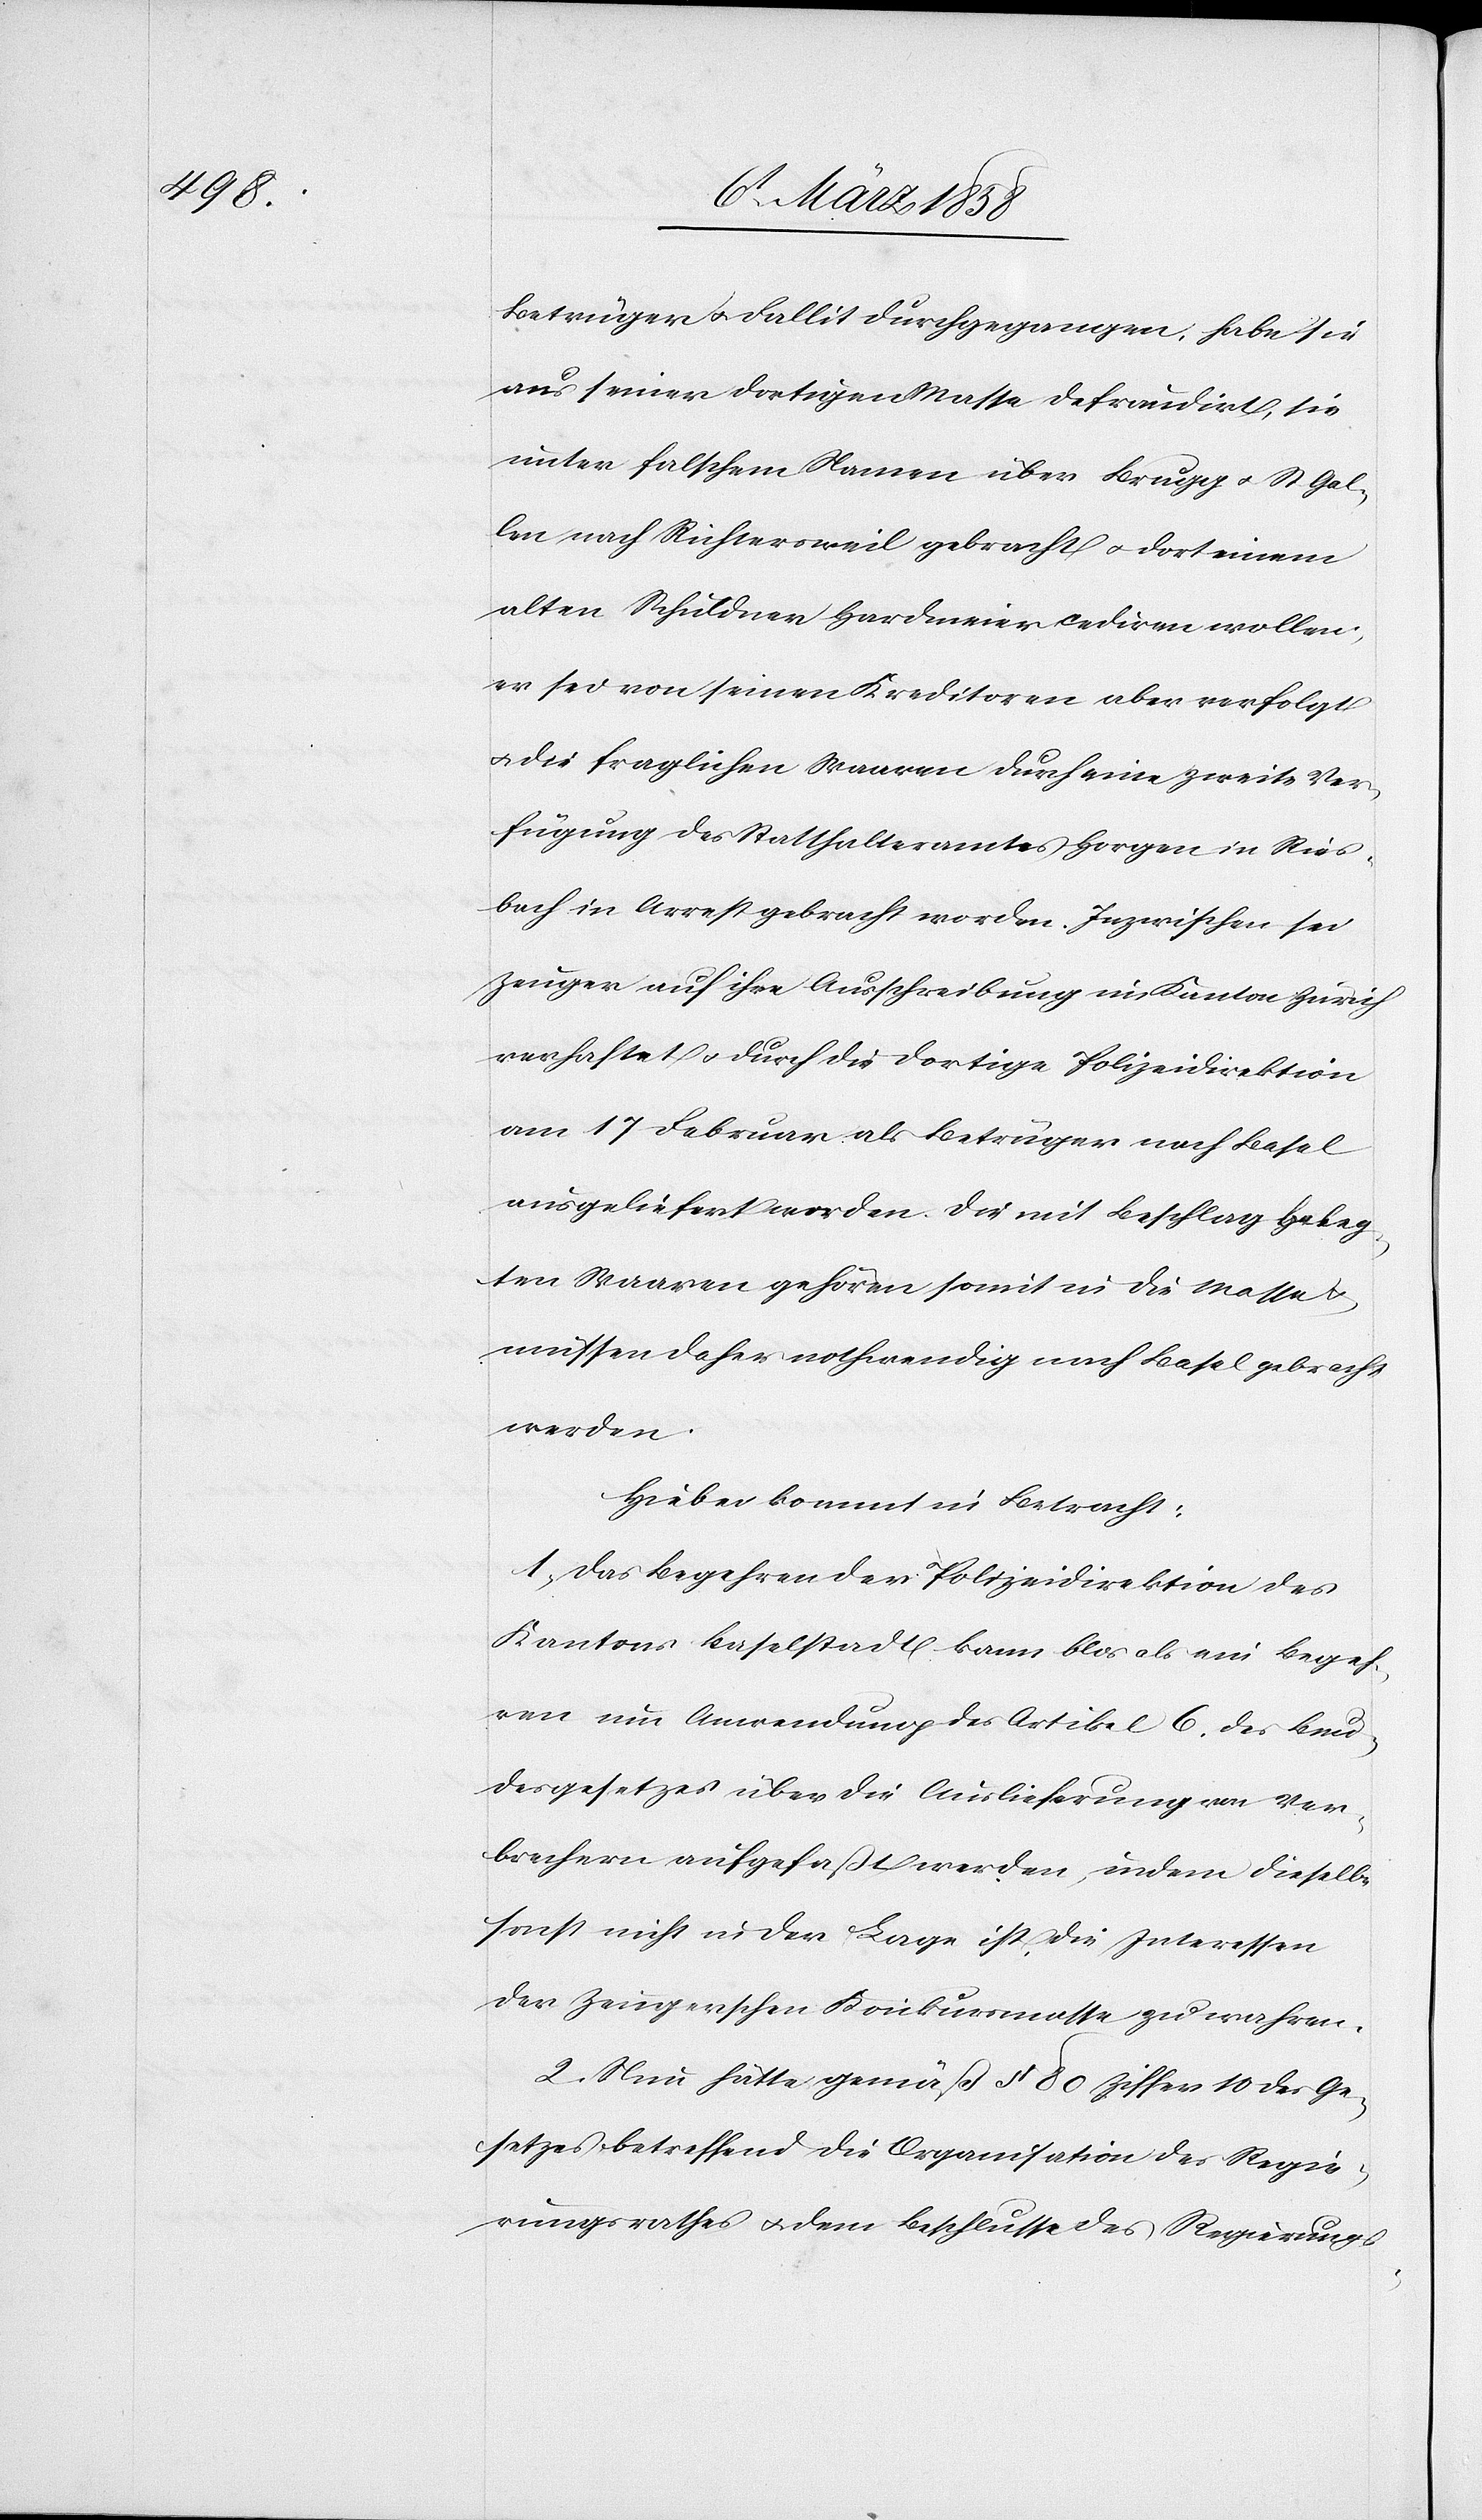
Betrüger u. Fallit durchgegangen, habe sie
aus seiner dortigen Masse defraudirt, sie
unter falschem Namen über Brugg u. St. Gal¬
len nach Richtersweil gebracht u. dort einem
alten Schuldner Hardmeier cediren wollen,
er sei von seinen Kreditoren aber verfolgt
u. die fraglichen Waaren durch eine zweite Ver¬
fügung des Statthalteramtes Horgen in Ries¬
bach in Arrest gebracht worden. Inzwischen sei
Zeuger auf ihre Ausschreibung im Kanton Zürich
verhaftet u. durch die dortige Polizeidirektion
am 17 Februar als Betrüger nach Basel
ausgeliefert worden. Die mit Beschlag beleg¬
ten Waaren gehören somit in die Masse u.
müssen daher nothwendig nach Basel gebracht
werden.
Hiebei kommt in Betracht:
1. Das Begehren der Polizeidirektion des
Kantons Baselstadt kann blos als ein Begeh¬
ren um Anwendung des Artikel 6. des Bun¬
desgesetzes über die Auslieferung von Ver¬
brechern aufgefaßt werden, indem dieselbe
sonst nicht in der Lage ist, die Interessen
der Zeugerschen Konkursmasse zu wahren.
2. Nun hätte gemäß § 80 Ziffer 10 des Ge¬
setzes betreffend die Organisation des Regie¬
rungsrathes u. dem Beschlusse des Regierungs-